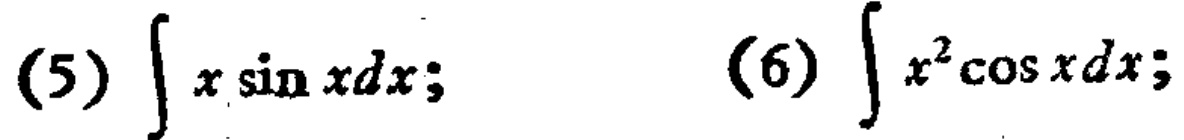
(5) \(\int x\sin xdx;\)
(6) \(\int x^{2}\cos xdx;\)